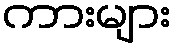
ကားများ